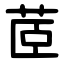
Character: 茝